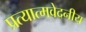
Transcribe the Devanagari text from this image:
प्रत्यात्मवेदनीय